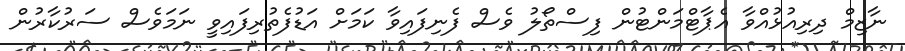
ނާޒިމް ދިރިއުޅުއްވާ އެޕާޓްމަންޓުން ފިސްތޯލު ވެސް ފެނިފައިވާ ކަމަށް އަޑުފެތުރިފައިވީ ނަމަވެސް ސަރުކާރުން